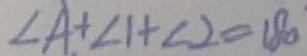
\angle A + \angle 1 + \angle 2 = 1 8 0 ^ { \circ }